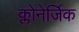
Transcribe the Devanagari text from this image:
क्लोनेर्जिक